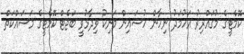
ކޮމެޓީގެ މުގައްރިރު އަހުމަދު ނިހާން ހުސައިން މަނިކު ވިދާޅުވީ ބަޖެޓް ކޮމެޓީގެ މަސައްކަތް